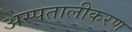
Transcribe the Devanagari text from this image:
अस्पतालीकरण